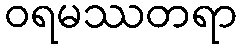
ဝရမဿတရာ